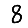
Digit: 8